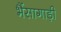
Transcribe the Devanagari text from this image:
भैंसागाड़ी